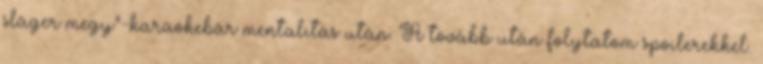
sláger megy”-karaokebár mentalitás után. A tovább után folytatom spoilerekkel.